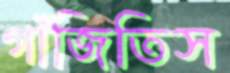
গাঁজিতিস